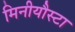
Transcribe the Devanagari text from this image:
मिनीयौस्टा